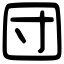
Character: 団